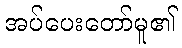
အပ်ပေးတော်မူ၏